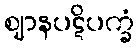
ဈာနပဋိပက္ခံ